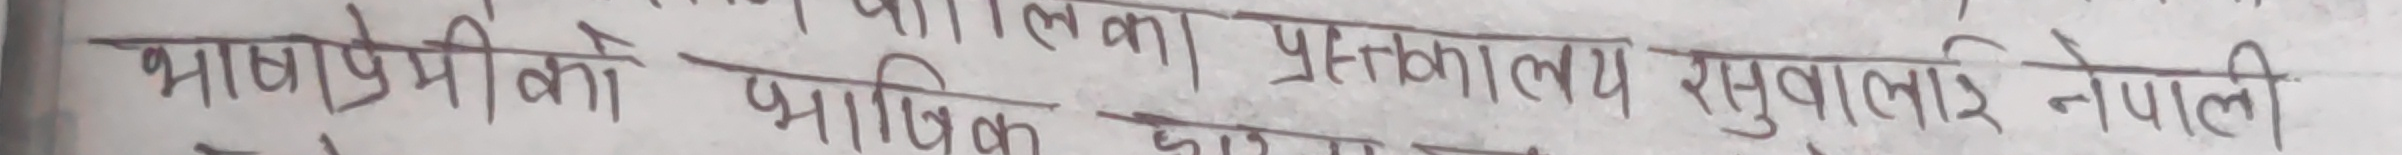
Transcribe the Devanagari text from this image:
भाषाप्रेमीको प्राविधिक पुस्तकालय रसुवागढि नेपाली